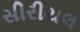
સીરીયલ